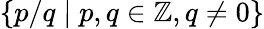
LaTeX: \{ p/q\mid p,q\in\mathbb{Z},q\not=0\}